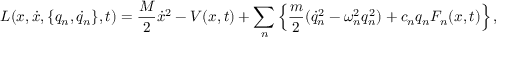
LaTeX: L ( x , \dot { x } , \{ q _ { n } , \dot { q } _ { n } \} , t ) = \frac { M } { 2 } \dot { x } ^ { 2 } - V ( x , t ) + \sum _ { n } \left\{ \frac { m } { 2 } ( \dot { q } _ { n } ^ { 2 } - \omega _ { n } ^ { 2 } q _ { n } ^ { 2 } ) + c _ { n } q _ { n } F _ { n } ( x , t ) \right\} ,